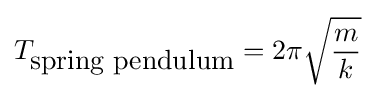
T_{\mbox{spring pendulum}}=2\pi {\sqrt {\frac {m}{k}}}